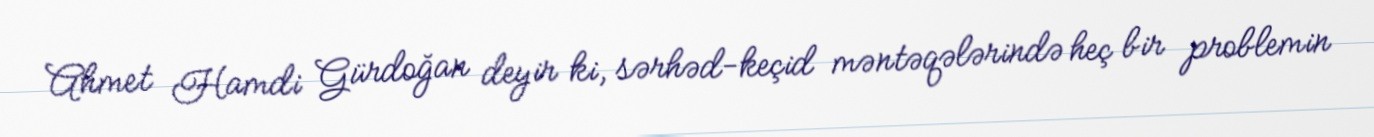
Ahmet Hamdi Gürdoğan deyir ki, sərhəd-keçid məntəqələrində heç bir problemin